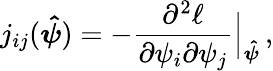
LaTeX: j_{ij}(\boldsymbol{\hat{\psi}})=-\frac{\partial^{2}\ell}{\partial\psi_{i}\partial\psi_{j}}\Bigr|_{\boldsymbol{\hat{\psi}}}\, ,